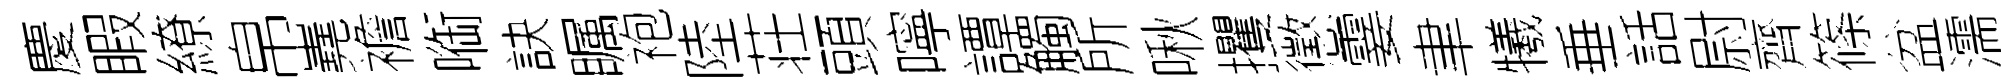
慶睱繚帛嶤襜㗸訣瞩袍陸荘頭嚀譚觸所啾攫懲霎聿犧垂話尉齊篠盆濡